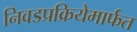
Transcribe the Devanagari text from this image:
निवडप्रक्रियेमार्फत